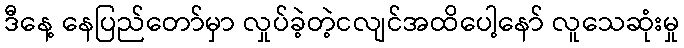
ဒီနေ့ နေပြည်တော်မှာ လှုပ်ခဲ့တဲ့ငလျင်အထိပေါ့နော် လူသေဆုံးမှု